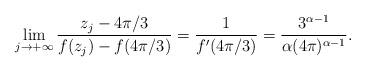
LaTeX: \begin{align*} \lim_{j \to + \infty} \frac{ z_j - 4 \pi /3 }{f(z_j)- f( 4\pi/3)} = \frac{1}{f'(4 \pi /3)}= \frac{3 ^{\alpha-1}}{\alpha(4 \pi )^{\alpha-1}}.\end{align*}